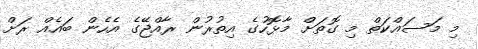
މި މަސައްކަތް މި ގޮތަށް މާޅޮހުގެ އިތުރުން ރާއްޖޭގެ އެހެން ބައެއް ރަށް